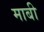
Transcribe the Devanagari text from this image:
माबी